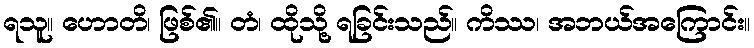
ရသူ။ ဟောတိ၊ ဖြစ်၏။ တံ၊ ထိုသို့ ရခြင်းသည်။ ကိဿ၊ အဘယ်အကြောင်း။